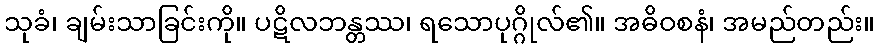
သုခံ၊ ချမ်းသာခြင်းကို။ ပဋိလဘန္တဿ၊ ရသောပုဂ္ဂိုလ်၏။ အဓိဝစနံ၊ အမည်တည်း။